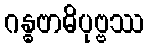
ဂန္ဓဗာဓိပုဗ္ဗဿ